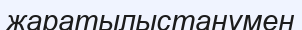
жаратылыстанумен